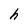
Character: h